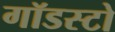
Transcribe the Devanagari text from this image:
गॉडस्टो